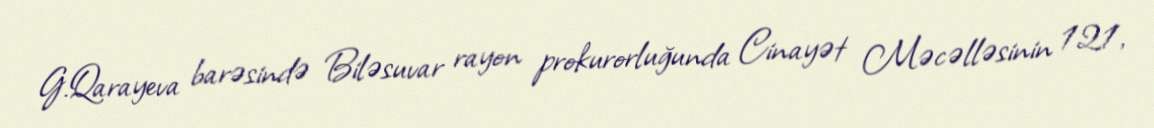
G.Qarayeva barəsində Biləsuvar rayon prokurorluğunda Cinayət Məcəlləsinin 121,